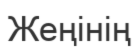
Жеңінің